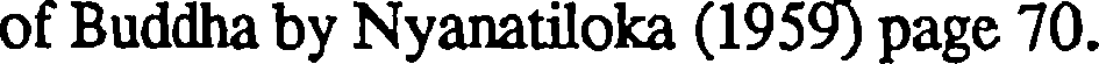
of Buddha by Nyanatiloka (1959) page 70.